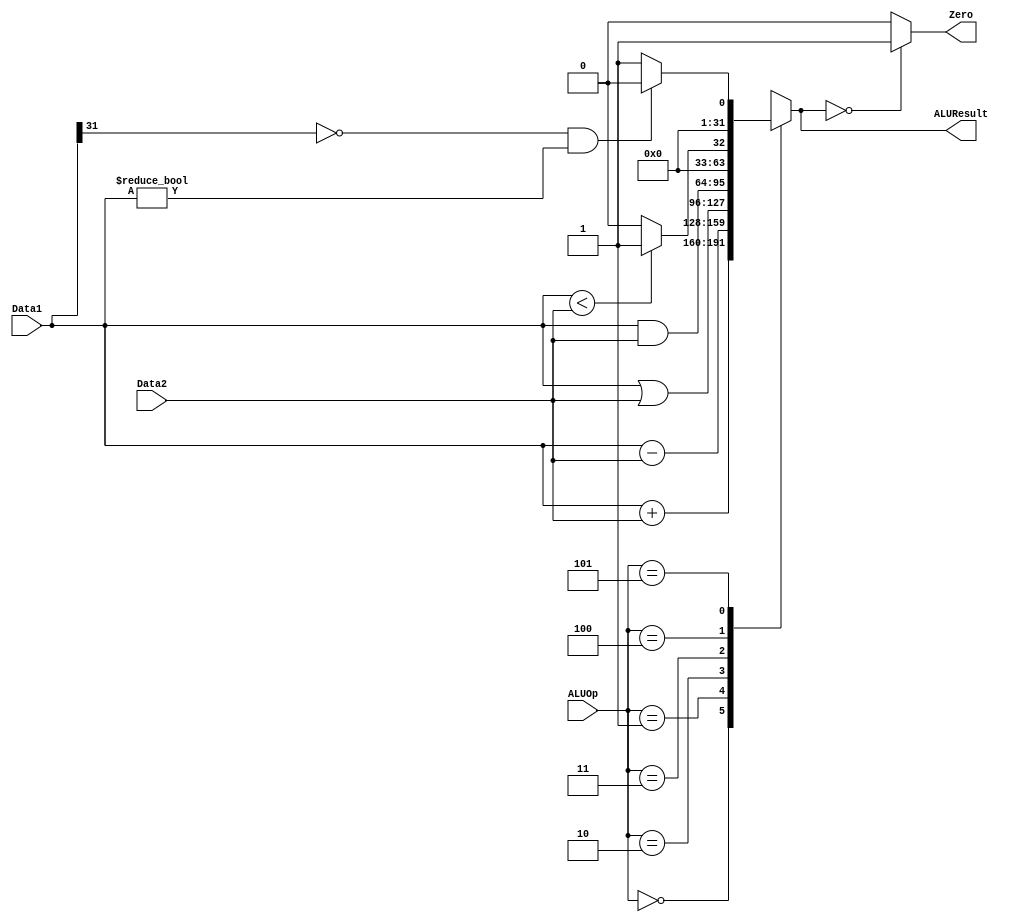
`ifndef ALU
`define ALU


module alu(
	input [31:0] Data1,
	input [31:0] Data2,
	input [2:0] ALUOp,
	output [31:0] ALUResult,
	output Zero
    );
	
	reg [31:0] result;
	assign ALUResult = result;
	assign Zero = (result == 0) ? 1'b1 : 1'b0;

	always @ (*) begin
		case (ALUOp)
			3'b000 : result = Data1 + Data2;
			3'b001 : result = Data1 - Data2;
			3'b010 : result = Data1 | Data2;
			3'b011 : result = Data1 & Data2;
			3'b100 : result = (Data1 < Data2) ? 32'h00000001 : 32'h00000000;
			3'b101 : result = (Data1[31] == 1'b0 && Data1 != 0) ? 32'h00000000 : 32'h00000001;
			default : result = 32'bx;
		endcase
	end
	
endmodule

`endif